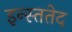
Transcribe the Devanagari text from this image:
इन्स्ततेद